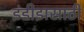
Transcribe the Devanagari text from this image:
इंडीझसाठी